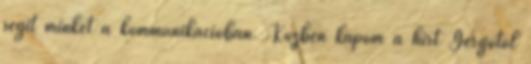
segít minket a kommunikációban. Közben kapom a hírt Gergőtől